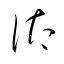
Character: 汰